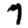
Digit: 7